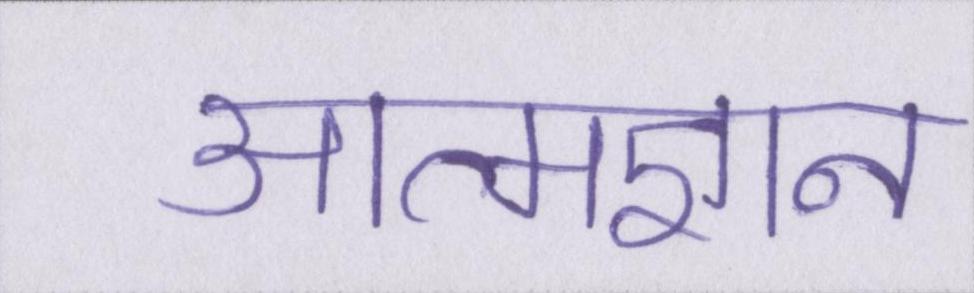
आत्मज्ञान